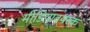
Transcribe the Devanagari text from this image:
मीडियावयस्क